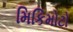
મિકિમોટો